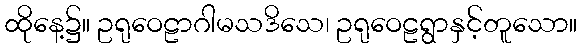
ထိုနေ့၌။ ဥရုဝေဠာဂါမသဒိသေ၊ ဥရုဝေဠရွာနှင့်တူသော။